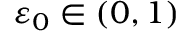
\ensuremath { \varepsilon } _ { 0 } \in ( 0 , 1 )